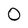
Character: O